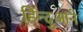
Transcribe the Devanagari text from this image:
हिन्दुआने